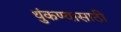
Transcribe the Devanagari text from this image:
थुंकण्यासाठी